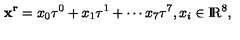
\mathrm { { \bf x ^ r } } = x _ { 0 } \tau ^ { 0 } + x _ { 1 } \tau ^ { 1 } + \cdots x _ { 7 } \tau ^ { 7 } , x _ { i } \in \mathrm { I \! R } ^ { 8 } ,